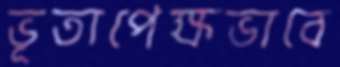
ভূতাপেক্ষভাবে